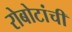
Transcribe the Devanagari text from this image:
रोबोटांची